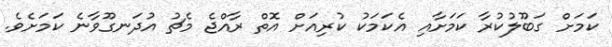
ކަމަށް ގަބޫލުކުރާ ކަމަށާއި އެކަމަކު ކުރިއަށް އޮތް ރާއްޖެ މެޗު އުދަނގޫވާނެ ކަމަށެވެ.